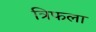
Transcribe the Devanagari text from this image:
त्रिफला